Medical and sanitary report of the native army of Madras for the year
Year: 1876
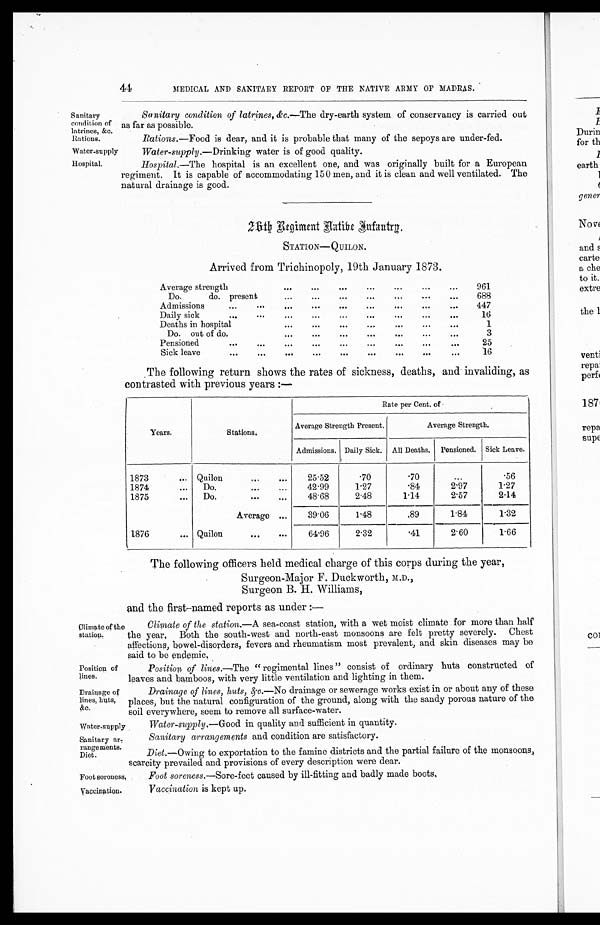
Position of
lines.
Drainage of
lines, huts,
&c.
Sanitary ar-
rangements.
Diet.
44
MEDICAL AND SANITARY REPORT OF THE NATIVE ARMY OF MADRAS.
Sanitary
condition of
latrines, &c.
Rations.
Sanitary condition of latrines, &c.—The dry-earth system of conservancy is carried out
as far as possible.
Rations. —Food is dear, and it is probable that many of the sepoys are under-fed.
Water-supply
Water-supply. —Drinking water is of good quality.
Hospital.
Hospital. —The hospital is an excellent one, and was originally built for a European
regiment. It is capable of accommodating 150 men, and it is clean and well ventilated. The
natural drainage is good.
26th Regiment Native Infantry.
STATION—QUILON.
Arrived from Trichinopoly, 19th January 1873.
Average strength
...
...
...
...
...
...
...
961
Do.
do. present
...
... ... ... ... ... ...
688
Admissions...
... ... ... ... ... ... ... ...
447
Daily sick
... ... ... ... ... ... . . . . . .
16
Deaths in hospital
...
... ... ... ...
...
...
1
Do. out of do.
... ... ... ... ... ...
...
3
Pensioned
...
...
... ... ... ... ... ...
25
Sick leave
... ... ... ... ... ... ... ...
16
The following return shows the rates of sickness, deaths, and invaliding, as
contrasted with previous years :—
Years.
Stations.
Rate per Cent. of
Average Strength Present.
Average Strength.
Admissions. Daily Sick. All Deaths, Pensioned. Sick Leave.
1873
... Q u i l o n . . .
. . .
25.52
.70
.70
...
.56
1874
...
Do.
. . . . . .
42.99
1.27
.84
2.97
1.27
1875
...
Do. ...
...
48.68
2.48
1.14
2.57
2.14
Average ...
39.06
1.48
.89
1.84
1.32
1876
... Quilon
...
. . .
64.96
2.32
.41
2.60
1.66
The following officers held medical charge of this corps during the year,
Surgeon-Major F. Duckworth, M.D.,
Surgeon B. H. Williams,
and the first-named reports as under :—
Climate of the
station.
Climate of the station. —A sea-coast station, with a wet moist climate for more than half
the year, Both the south-west and north-east monsoons are felt pretty severely. Chest
affections, bowel-disorders, fevers and rhenmatism most prevalent, and skin diseases may be
said to be endemic.
Position, of lines. —The "regimental lines" consist of ordinary huts constructed of
leaves and bamboos, with very little ventilation and lighting in them.
Drainage of lines, huts, &c. —No drainage or sewerage works exist in or about any of these
places, but the natural configuration of the ground, along with the sandy porous nature of the
soil everywhere, seem to remove all surface-water.
Water-supply
Water-supply.—Good in quality and sufficient in quantity.
Sanitary arrangements and condition are satisfactory.
Diet.—Owing to exportation to the famine districts and the partial failure of the monsoons,
scarcity prevailed and provisions of every description were dear.
Foot soreness.
Foot soreness. —Sore-feet caused by ill-fitting and badly made boots.
Vaccination.
Vaccination is kept up.